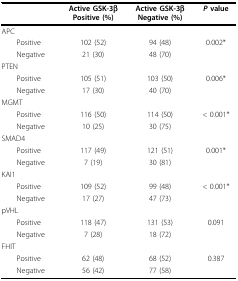
|  | Active GSK-3βPositive (%) | Active GSK-3βNegative (%) | P value |
 | --- | --- | --- | --- |
 | APC |  |  |  |
 | Positive | 102 (52) | 94 (48) | 0.002* |
 | Negative | 21 (30) | 48 (70) |  |
 | PTEN |  |  |  |
 | Positive | 105 (51) | 103 (50) | 0.006* |
 | Negative | 17 (30) | 40 (70) |  |
 | MGMT |  |  |  |
 | Positive | 116 (50) | 114 (50) | < 0.001* |
 | Negative | 10 (25) | 30 (75) |  |
 | SMAD4 |  |  |  |
 | Positive | 117 (49) | 121 (51) | 0.001* |
 | Negative | 7 (19) | 30 (81) |  |
 | KAI1 |  |  |  |
 | Positive | 109 (52) | 99 (48) | < 0.001* |
 | Negative | 17 (27) | 47 (73) |  |
 | pVHL |  |  |  |
 | Positive | 118 (47) | 131 (53) | 0.091 |
 | Negative | 7 (28) | 18 (72) |  |
 | FHIT |  |  |  |
 | Positive | 62 (48) | 68 (52) | 0.387 |
 | Negative | 56 (42) | 77 (58) |  |